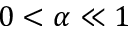
0 < \alpha \ll 1